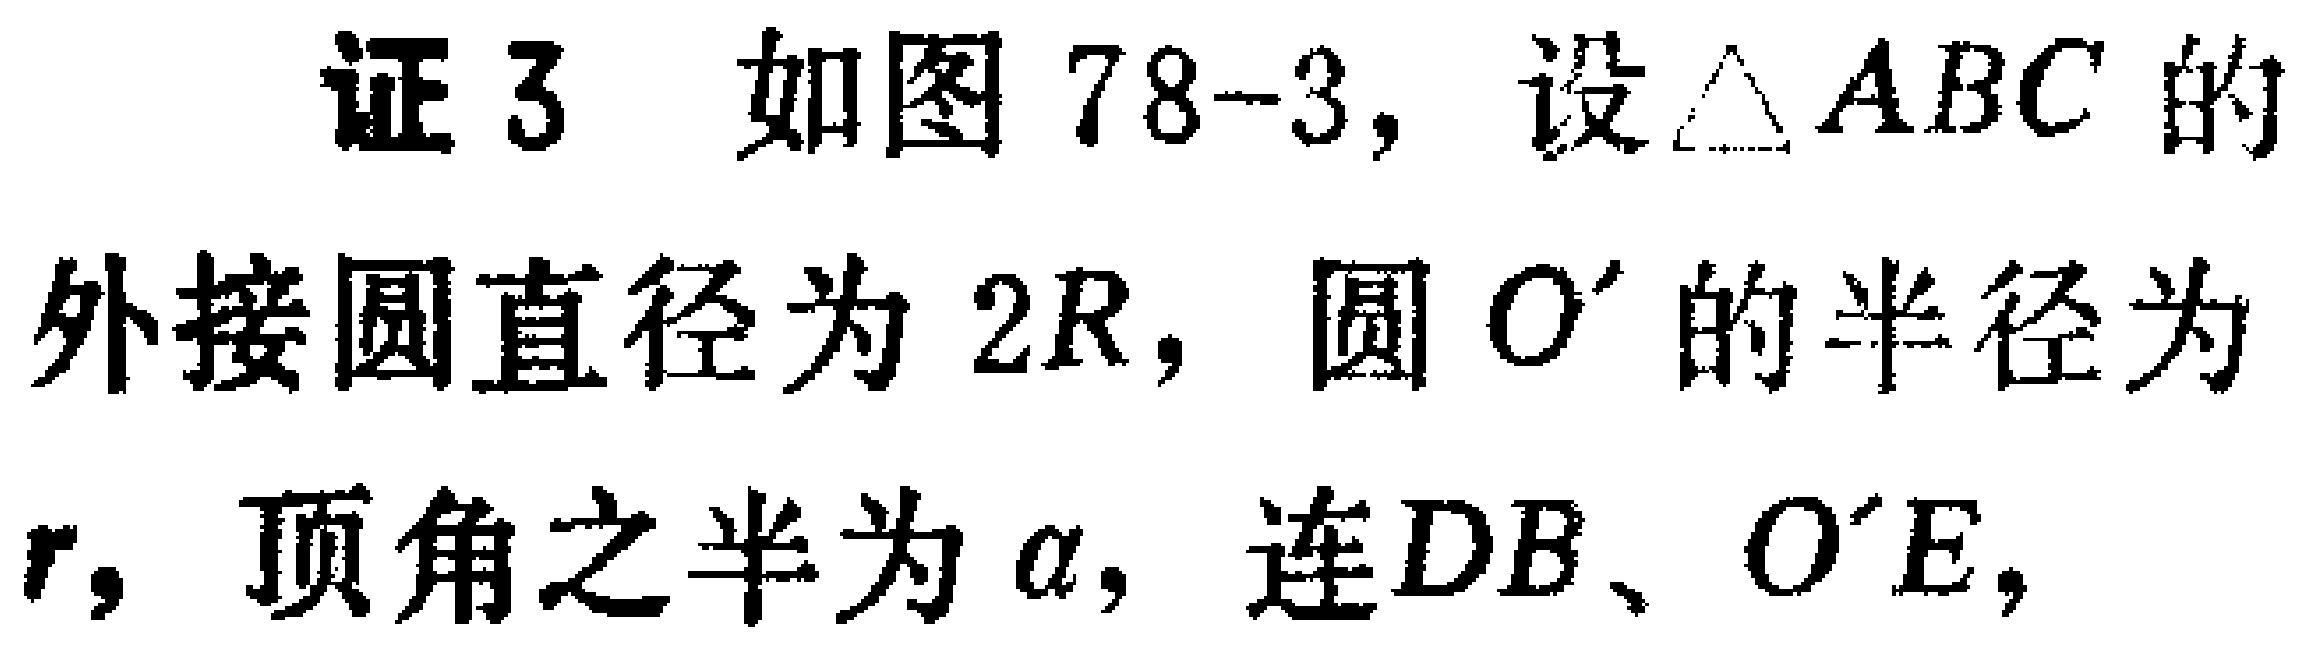
证 3 如图 78-3, 设$\triangle ABC$的外接圆直径为$2R$, 圆$O'$的半径为$r$, 顶角之半为$\alpha$, 连$DB$、$O'E$,